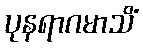
ပုနရာဂမာသိံ